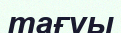
тағуы